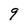
Character: 9